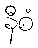
နီစံ